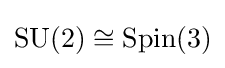
{\text{SU}}(2)\cong {\text{Spin}}(3)